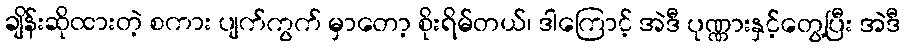
ချိန်းဆိုထားတဲ့ စကား ပျက်ကွက် မှာတော့ စိုးရိမ်တယ်၊ ဒါကြောင့် အဲဒီ ပုဏ္ဏားနှင့်တွေ့ပြီး အဲဒီ